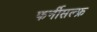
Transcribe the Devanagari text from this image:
फर्नीसल्फ्र